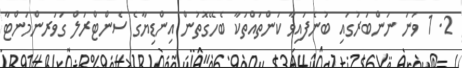
2. 1 ވަނަ ނަންބަރުގައި ބުނެފައިވާ ކަންތައްތަކާ ބެހޭގޮތުން އިންޑިޔާގެ ސެންޓްރަލް ގަވަރންމަންޓާ